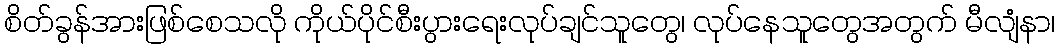
စိတ်ခွန်အားဖြစ်စေသလို ကိုယ်ပိုင်စီးပွားရေးလုပ်ချင်သူတွေ၊ လုပ်နေသူတွေအတွက် မီလျံနာ၊